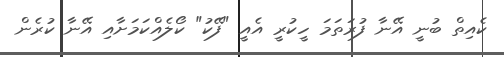
ކެއިތް ބުނީ އޭނާ ފުރަތަމަ ހީކުރީ އެއީ "ފޭކު" ކޯލެއްކަމަށާއި އޭނާ ކުރެން